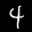
Label: 4